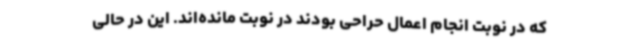
که در نوبت انجام اعمال حراحی بودند در نوبت مانده‌اند. این در حالی